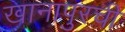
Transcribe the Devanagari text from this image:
खानापुरची